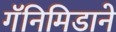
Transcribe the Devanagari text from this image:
गॅनिमिडाने